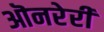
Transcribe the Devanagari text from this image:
ऒनरेरी